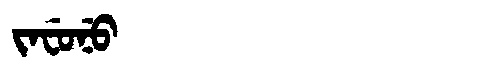
Manchu: ᠵᠠᠸᡠᠨᡠ
Romanization: JAFUNU